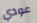
عودي